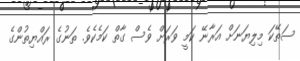
ސަތޭކަ މިލިޔަނަށް އަރާނޭ ކަމީ ވަރަށް ވެސް ގާތް ކަމެކެވެ. ތަނުގެ ރައްޔިތުންގެ